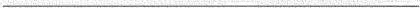
___